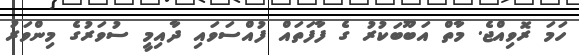
ހަމަ ރޮވިއްޖެ. މާތް އަބޫބަކުރު ގެ ފާފަތައް ފުއްސަވައި ދާއިމީ ސުވަރުގެ މިންވަރު